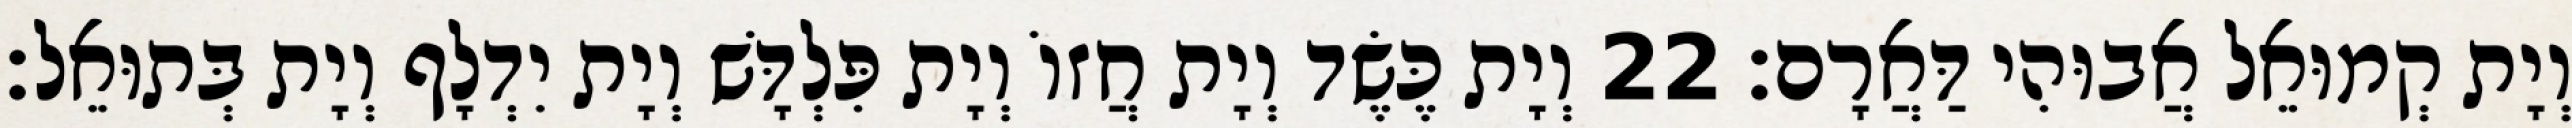
וְיָת קְמוּאֵל אֲבוּהִי דַּאֲרָם׃ 22 וְיָת כֶּשֶׂד וְיָת חֲזוֹ וְיָת פִּלְדָּשׁ וְיָת יִדְלָף וְיָת בְּתוּאֵל׃